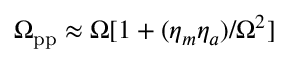
\Omega _ { \mathrm { p p } } \approx \Omega [ 1 + ( \eta _ { m } \eta _ { a } ) / \Omega ^ { 2 } ]